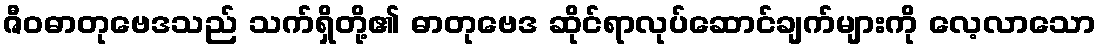
ဇီဝဓာတုဗေဒသည် သက်ရှိတို့၏ ဓာတုဗေဒ ဆိုင်ရာလုပ်ဆောင်ချက်များကို လေ့လာသော